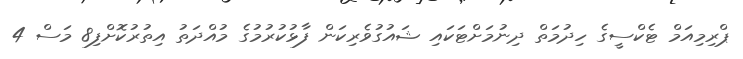
ޕްރިމިއަމް ޓެކްސީގެ ހިދުމަތް ދިނުމަށްޓަކައި ޝައުގުވެރިކަން ފާޅުކުރުމުގެ މުއްދަތު އިތުރުކޮށްފި8 މަސް 4